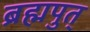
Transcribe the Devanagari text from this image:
ब्रह्मपुत्